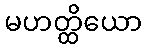
မဟတ္ထိယော